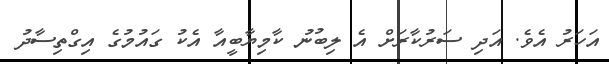
އަހަރު އެވެ. އަދި ސަރުކާރަށް އެ ލިބުނު ކާމިޔާބީއާ އެކު ގައުމުގެ އިގްތިސާދު